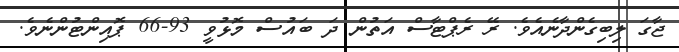
ޖާގަ ލިބިގެންދާނެއެވެ. ރޭ ރެޕްޓާސް އަތުން ދަ ބައުސް މޮޅުވީ 93-66 ޕޮއިންޓުންނެވެ.